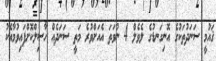
ޤައުމީ ސަނަދުތަކުގެ އޮނިގަނޑުގެ ލެވެލް 4 ނުވަތަ އެއަށްވުރެ މަތީ ސަނަދެއް ހާސިލްކޮށްފައިވުމާއެކު